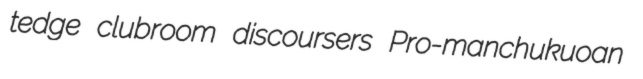
tedge clubroom discoursers Pro-manchukuoan